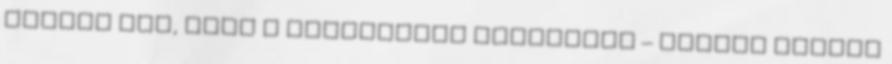
várnál rám, mint a gimnazista éveinkben – nézett mélyen